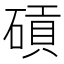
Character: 碽